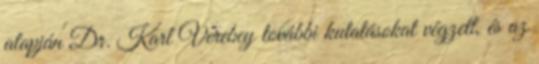
alapján Dr. Karl Verebey további kutatásokat végzett, és az